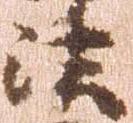
法